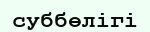
суббөлігі